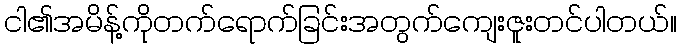
ငါ၏အမိန့်ကိုတက်ရောက်ခြင်းအတွက်ကျေးဇူးတင်ပါတယ်။